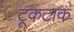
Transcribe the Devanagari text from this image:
टूकटाक